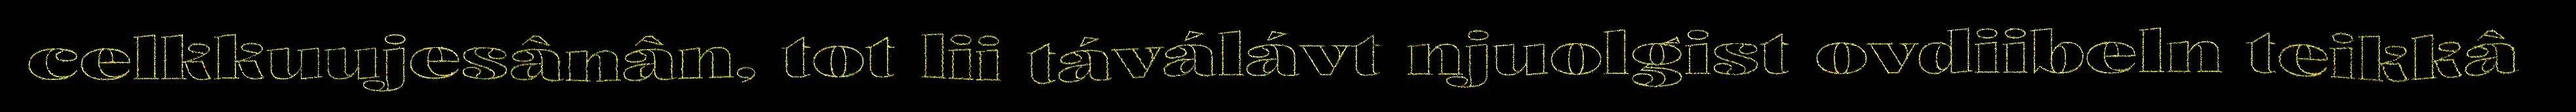
celkkuujesânân, tot lii táválávt njuolgist ovdiibeln teikkâ